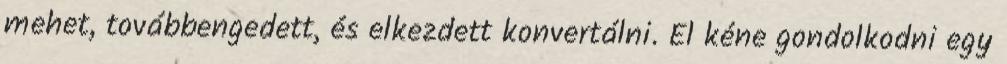
mehet, továbbengedett, és elkezdett konvertálni. El kéne gondolkodni egy